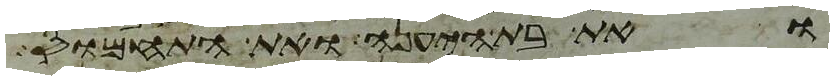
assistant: ואת בת היענה ואת התחמוס